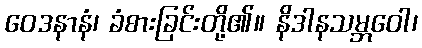
ဝေဒနာနံ၊ ခံစားခြင်းတို့၏။ နိဒါနသမ္ဘဝေါ၊